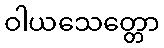
ဝါယသေတ္တော